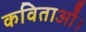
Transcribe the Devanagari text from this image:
कविताओं।